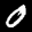
Label: 0